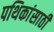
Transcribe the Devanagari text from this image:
पथिकांसाठी